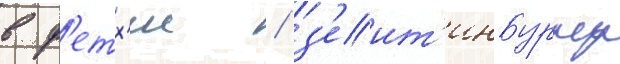
в ф'етх'ие / з'еит'инбурну